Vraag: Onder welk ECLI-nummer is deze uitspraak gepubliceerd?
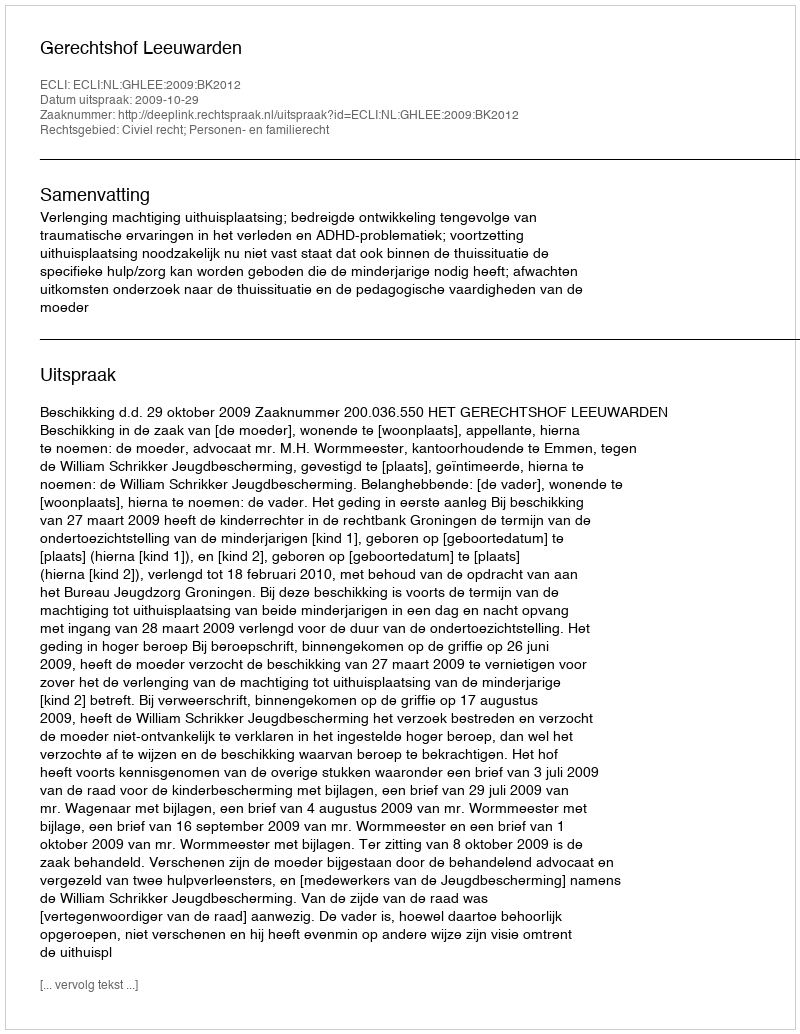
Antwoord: ECLI:NL:GHLEE:2009:BK2012